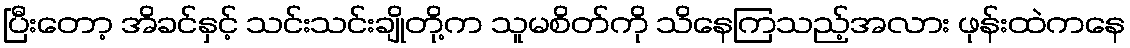
ပြီးတော့ အိခင်နှင့် သင်းသင်းချိုတို့က သူမစိတ်ကို သိနေကြသည့်အလား ဖုန်းထဲကနေ